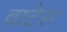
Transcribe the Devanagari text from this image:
वाटेस